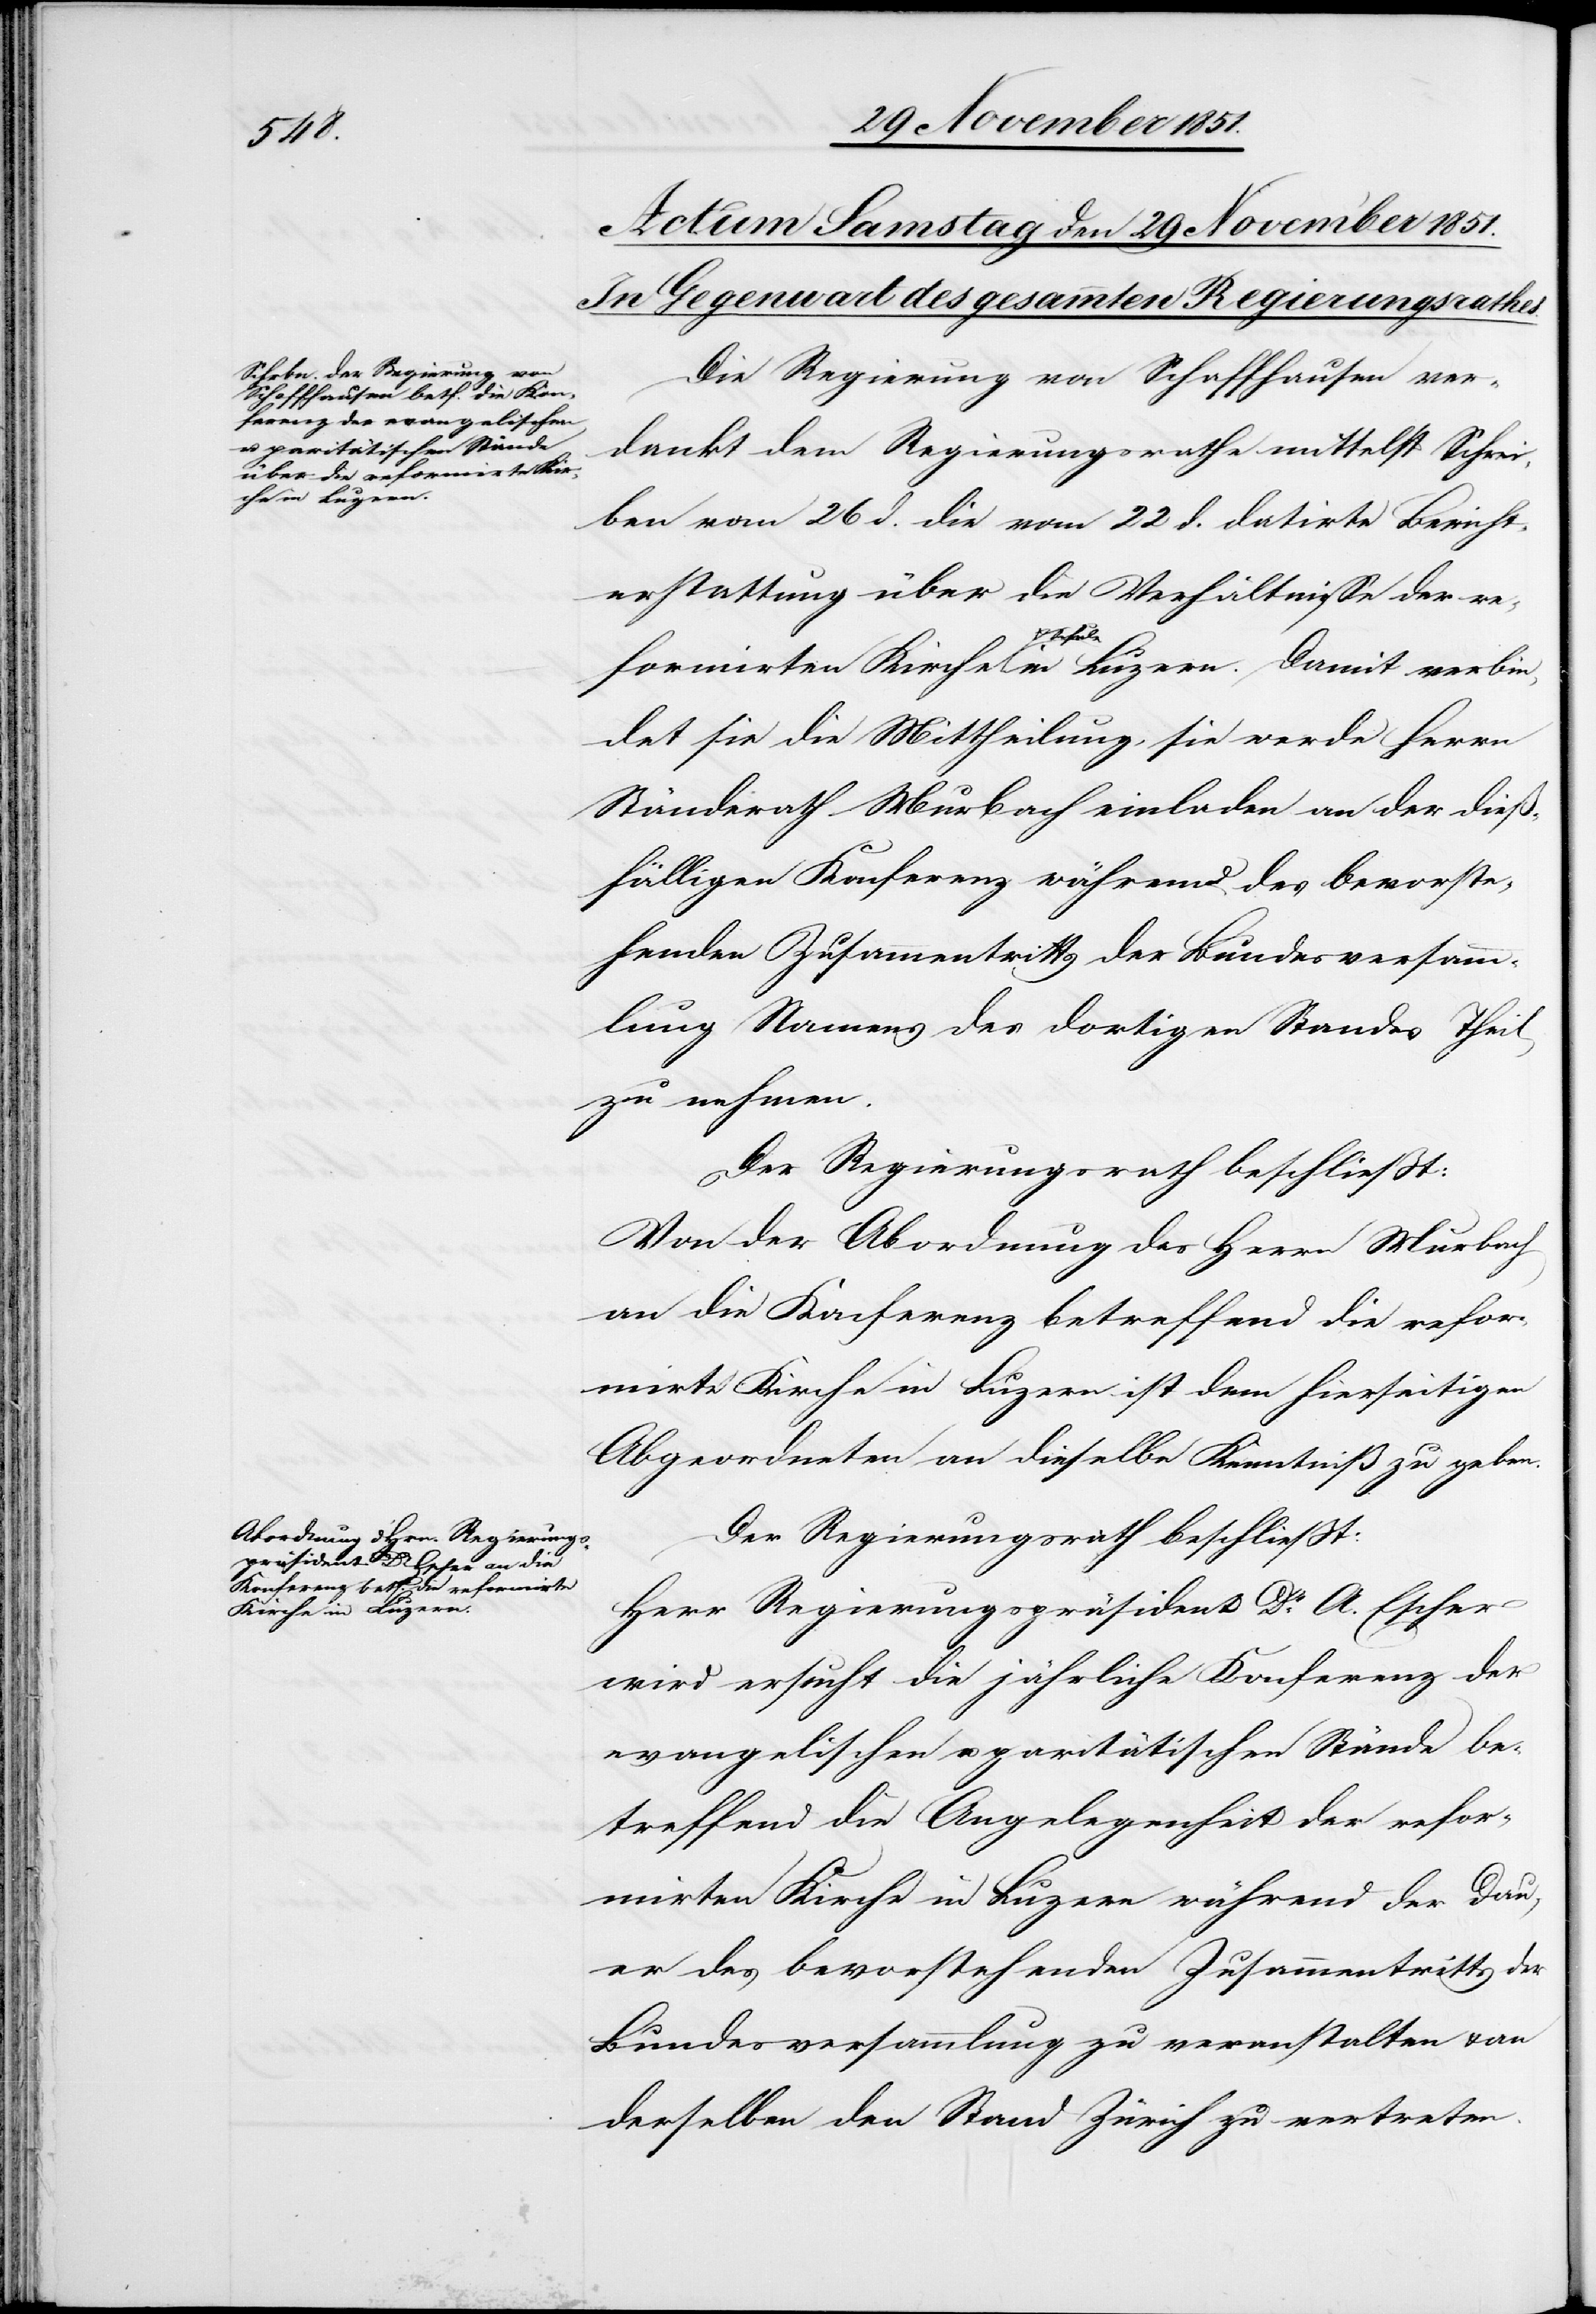
Die Regierung von Schaffhausen ver¬
dankt dem Regierungsrathe mittelst Schrei¬
ben vom 26 d. die vom 22 d. datirte Bericht¬
erstattung über die Verhältnisse der re¬
formirten Kirche & Schule in Luzern. Damit verbin¬
det sie die Mittheilung, sie werde Herrn
Ständerath Murbach einladen an der dieß¬
fälligen Konferenz während des bevorste¬
henden Zusammentritts der Bundesversamm¬
lung Namens des dortigen Standes Theil
zu nehmen.
Der Regierungsrath beschließt:
Von der Abordnung des Herrn Murbach
an die Konferenz betreffend die refor¬
mirte Kirche in Luzern ist dem hierseitigen
Abgeordneten an dieselbe Kenntniß zu geben.
Der Regierungsrath beschließt:
Herr Regierungspräsident Dr. A. Escher
wird ersucht die jährliche Konferenz der
evangelischen u. paritätischen Stände be¬
treffend die Angelegenheit der refor¬
mirten Kirche in Luzern während der Dau¬
er des bevorstehenden Zusammentritts der
Bundesversammlung zu veranstalten & an
derselben den Stand Zürich zu vertreten.